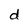
Character: d